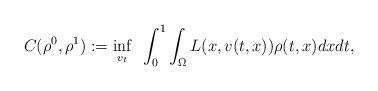
LaTeX: \begin{align*}C(\rho^0,\rho^1):=\inf_{v_t}~\int_0^1\int_\Omega L(x, v(t,x))\rho(t,x) dx dt, \end{align*}